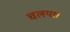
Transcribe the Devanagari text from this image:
चलया।